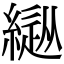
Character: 𦄚